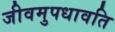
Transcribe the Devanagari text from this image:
जीवमुपधावति